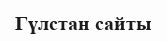
Гүлстан сайты